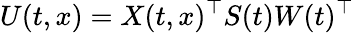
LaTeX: U(t,x)=X(t,x)^{\top}S(t)W(t)^{\top}